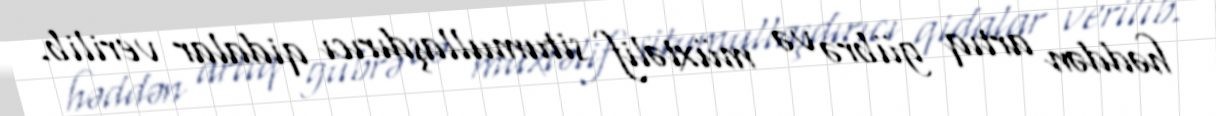
həddən artıq gübrə və müxtəlif situmullaşdırıcı qidalar verilib.